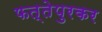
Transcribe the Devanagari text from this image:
फत्तेपुरकर